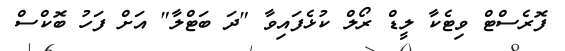
ފޮރެސްޓް ވިޓެކާ ލީޑް ރޯލް ކުޅެފައިވާ "ދަ ބަޓްލާ" އަށް ފަހު ބޮކްސް